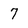
Character: 7